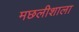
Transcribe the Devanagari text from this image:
मछलीशाला